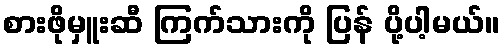
စားဖိုမှူးဆီ ကြက်သားကို ပြန် ပို့ပါ့မယ်။